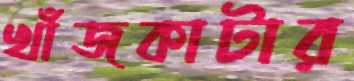
খাঁজকাটার